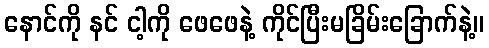
နောင်ကို နင် ငါ့ကို ဖေဖေနဲ့ ကိုင်ပြီးမခြိမ်းခြောက်နဲ့။